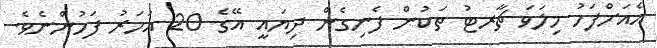
އެއަށްފަހު މިލަވަ ޗާރޓު ތަކުން ފެނިގެން ދިޔައީ އޭގެ 20 އަހަރު ފަހުންނެވެ.